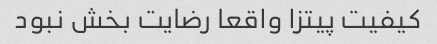
کیفیت پیتزا واقعا رضایت بخش نبود